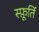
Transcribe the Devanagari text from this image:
स्फ़ूर्ति